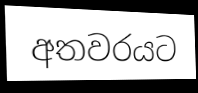
අතවරයට